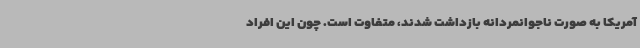
آمریکا به صورت ناجوانمردانه بازداشت شدند، متفاوت است. چون این افراد